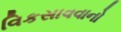
વિકસાવવાનો